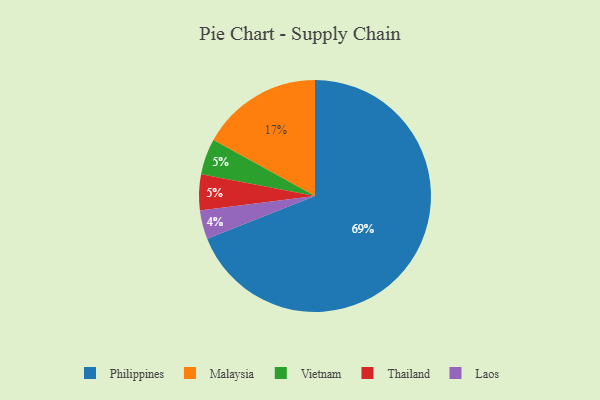
{"axis": {"x": "Category", "y": "Percentage"}, "legend": ["Laos", "Malaysia", "Philippines", "Thailand", "Vietnam"], "data": [{"x": "Malaysia", "y": 17, "type": "Malaysia"}, {"x": "Vietnam", "y": 5, "type": "Vietnam"}, {"x": "Philippines", "y": 69, "type": "Philippines"}, {"x": "Thailand", "y": 5, "type": "Thailand"}, {"x": "Laos", "y": 4, "type": "Laos"}]}